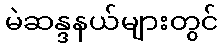
မဲဆန္ဒနယ်များတွင်